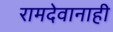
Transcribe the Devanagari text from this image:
रामदेवानाही